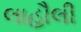
લાહૌલી